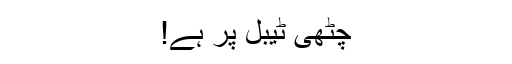
چٹھی ٹیبل پر ہے!